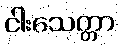
ငါးသေတ္တာ